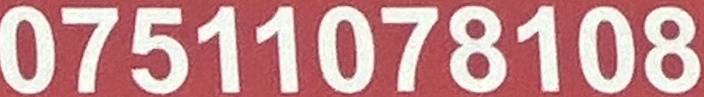
07511078108